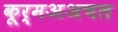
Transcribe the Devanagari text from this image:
कूर्मअअचल